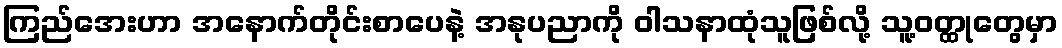
ကြည်အေးဟာ အနောက်တိုင်းစာပေနဲ့ အနုပညာကို ဝါသနာထုံသူဖြစ်လို့ သူ့ဝတ္ထုတွေမှာ